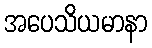
အပေသိယမာနာ